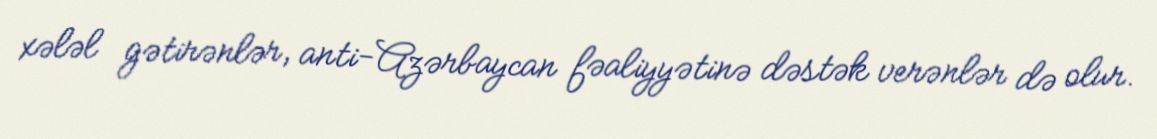
xələl gətirənlər, anti-Azərbaycan fəaliyyətinə dəstək verənlər də olur.